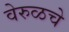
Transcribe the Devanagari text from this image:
वेरुळचे